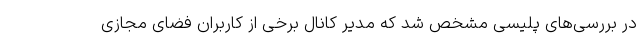
در بررسی‌های پلیسی مشخص شد که مدیر کانال برخی از کاربران فضای مجازی